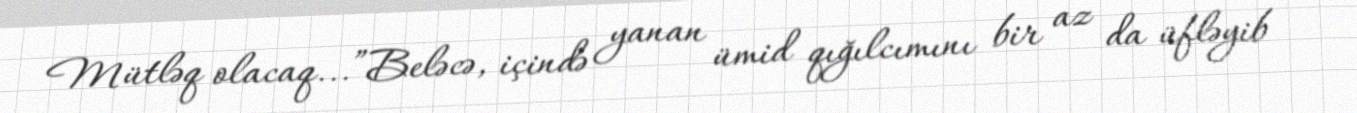
Mütləq olacaq...”Beləcə, içində yanan ümid qığılcımını bir az da üfləyib